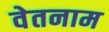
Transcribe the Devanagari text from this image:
वेतनाम